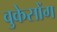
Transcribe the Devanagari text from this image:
वुकेसोंग